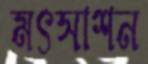
মৎসাশন